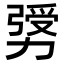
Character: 𠢛